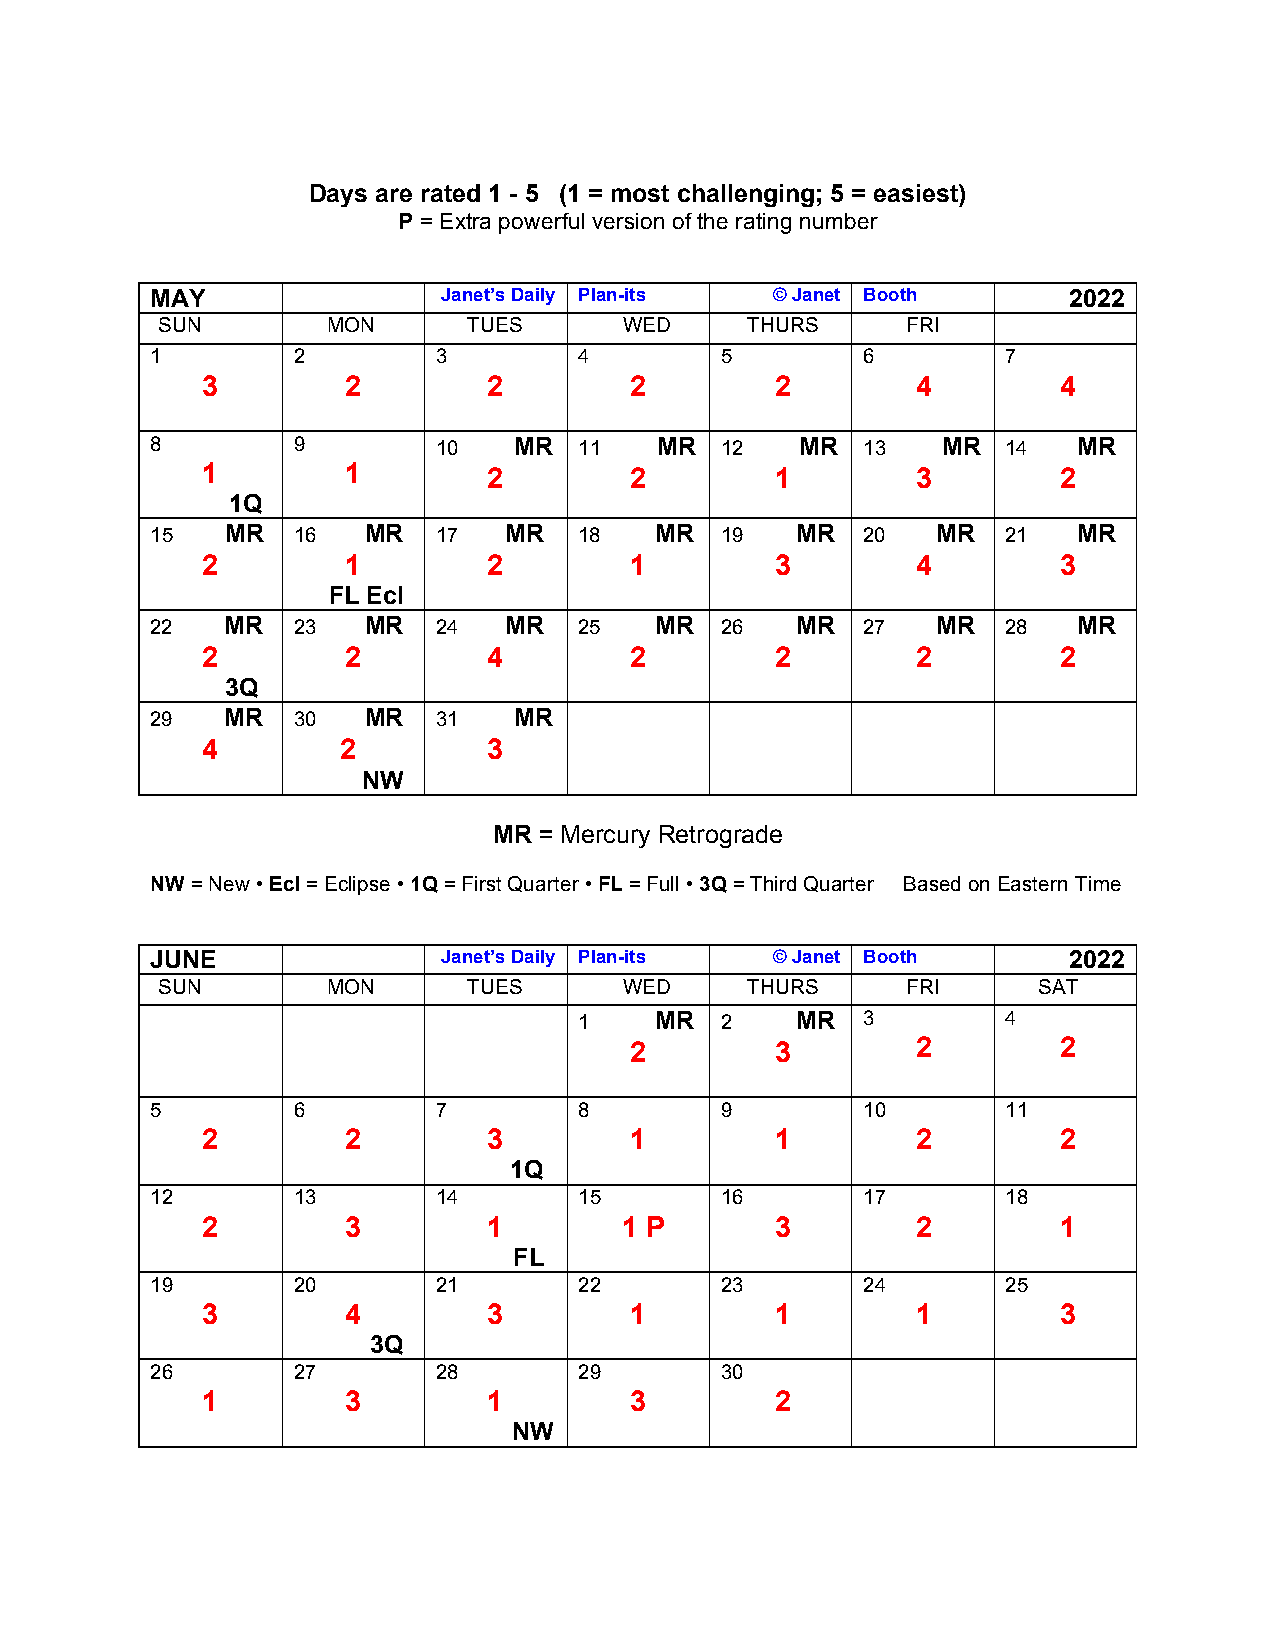
Days are rated 1 - 5 (1 = most challenging; 5 = easiest)
 P = Extra powerful version of the rating number
 MAY                Janet’s Daily Plan-its © Janet Booth      2022
 SUN         MON      TUES      WED     THURS      FRI
 1        2         3        4         5        6         7
 3         2        2         2        2         4        4
 8        9         10   MR  11   MR   12   MR  13   MR   14  MR
 1         1        2         2        1         3        2
 1Q
 15   MR  16   MR   17  MR   18   MR   19   MR  20   MR   21  MR
 2         1        2         1        3         4        3
 FL Ecl
 22   MR  23   MR   24  MR   25   MR   26   MR  27   MR   28  MR
 2         2        4         2        2         2        2
 3Q
 29   MR  30   MR   31   MR
 4         2        3
 NW
 MR = Mercury Retrograde
 NW = New • Ecl = Eclipse • 1Q = First Quarter • FL = Full • 3Q = Third Quarter Based on Eastern Time
 JUNE               Janet’s Daily Plan-its © Janet Booth      2022
 SUN         MON      TUES      WED     THURS      FRI      SAT
 1    MR   2    MR  3         4
 2        3         2        2
 5        6         7        8         9        10        11
 2         2        3         1        1         2        2
 1Q
 12       13        14       15        16       17        18
 2         3        1        1 P       3         2        1
 FL
 19       20        21       22        23       24        25
 3         4        3         1        1         1        3
 3Q
 26       27        28       29        30
 1         3        1         3        2
 NW